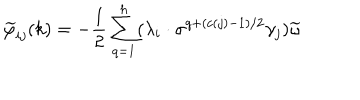
LaTeX: \widetilde { \varphi } _ { i j } ( k ) = - \frac { 1 } { 2 } \sum _ { q = 1 } ^ { h } ( \lambda _ { i } \cdot \sigma ^ { q + ( c ( j ) - 1 ) / 2 } \gamma _ { j } ) \widetilde { \omega }